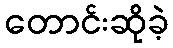
တောင်းဆိုခဲ့